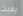
يعبث